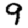
Digit: 9